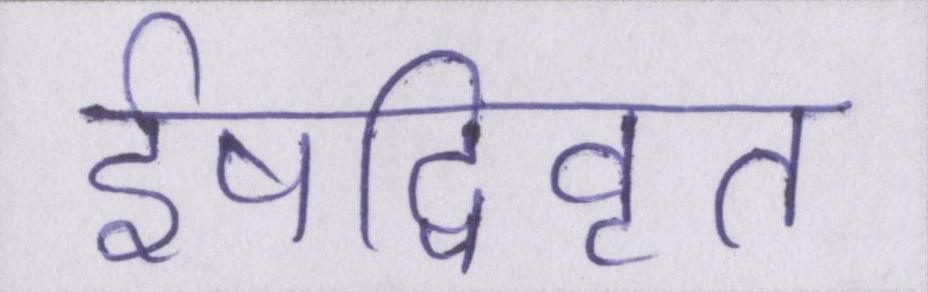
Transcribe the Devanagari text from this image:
ईषद्विवृत